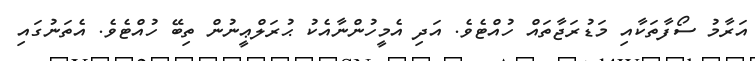
އަރާމު ސޯފާތަކާއި މަޑުރަޖާތައް ހުއްޓެވެ. އަދި އެމީހުންނާއެކު ޙުރަލްޢީނުން ތިބޭ ހުއްޓެވެ. އެތަނުގައި